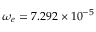
\omega _ { e } = 7 . 2 9 2 \times 1 0 ^ { - 5 }